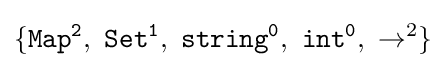
\{{\mathtt {Map^{2},\ Set^{1},\ string^{0},\ int^{0}}},\ \rightarrow ^{2}\}